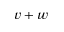
v + w